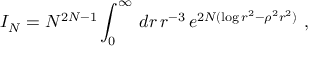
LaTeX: I _ { N } = N ^ { 2 N - 1 } \int _ { 0 } ^ { \infty } \, d r \, r ^ { - 3 } \, e ^ { 2 N ( \log r ^ { 2 } - \rho ^ { 2 } r ^ { 2 } ) } \ ,